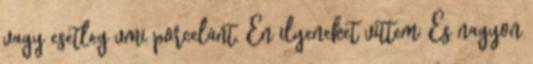
vagy esetleg vmi porcelánt. Én ilyeneket vittem: És nagyon